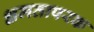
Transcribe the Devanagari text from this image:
क्षमतापरक